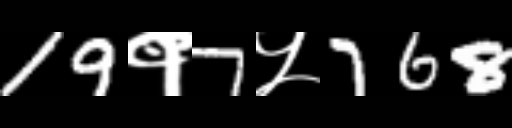
Text: 19१7५768